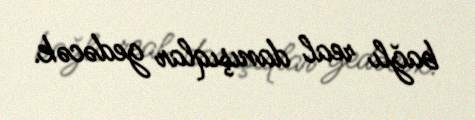
bağlı real danışıqlar gedəcək.